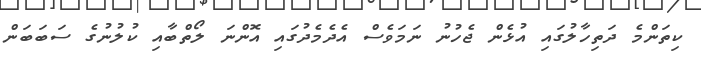
ކިތަންމެ ދަތިހާލުގައި އުޅެން ޖެހުނު ނަމަވެސް އެދެމެދުގައި އޮންނަ ލޯތްބާއި ކުލުނުގެ ސަބަބަން